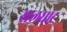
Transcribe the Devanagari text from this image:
खलघाट